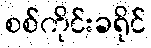
စစ်ကိုင်းခရိုင်